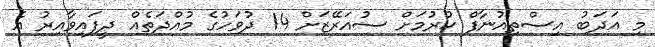
މި އަދަބު އިސްތިއުނާފް ކުރުމަށް ސުއަރޭޒަށް 14 ދުވަހުގެ މުއްދަތެއް ދީފައިވާއިރު އެ